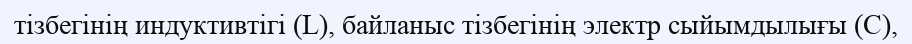
тізбегінің индуктивтігі (L), байланыс тізбегінің электр сыйымдылығы (С),